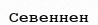
Севеннен